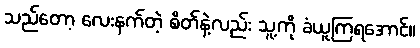
သည်တော့ လေးနက်တဲ့ စိတ်နဲ့လည်း သူ့ကို ခံယူကြရအောင်။